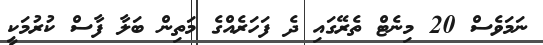
ނަމަވެސް 20 މިނެޓް ތެރޭގައި ދެ ފަހަރެއްގެ މަތިން ބަލާ ފާސް ކުރުމަކީ